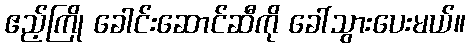
ဧည့်ကြို ခေါင်းဆောင်ဆီကို ခေါ်သွားပေးမယ်။